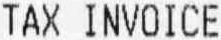
TAX INVOICE